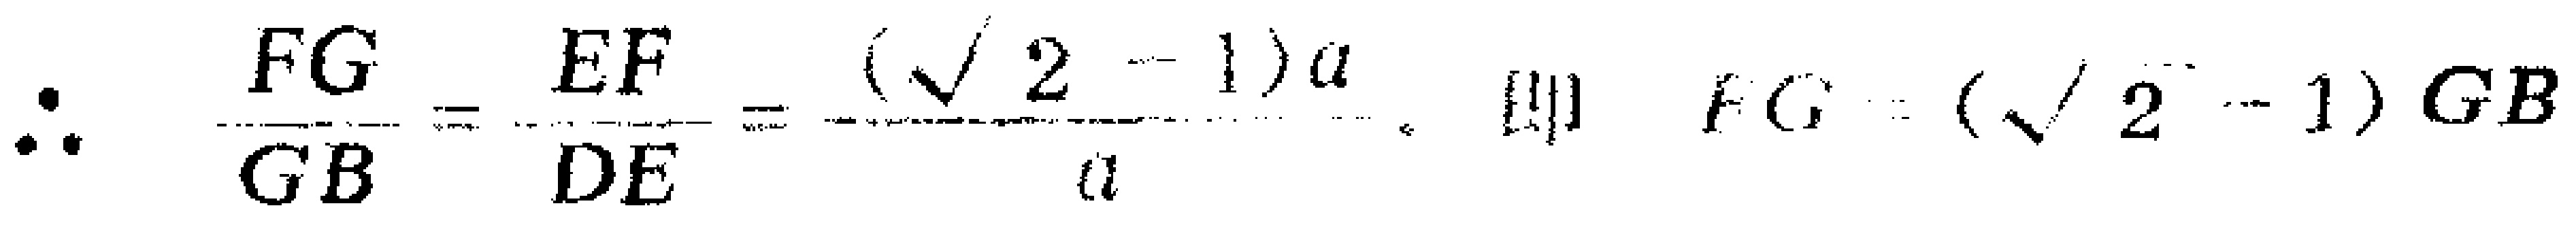
\(\therefore \frac{FG}{GB}=\frac{EF}{DE}=\frac{(\sqrt{2}-1)a}{a},\ 即\ FG = (\sqrt{2}-1)GB\)